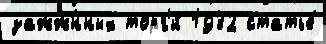
зажж́нных торг'и́ 1932 статье́